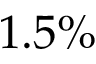
1 . 5 \%